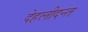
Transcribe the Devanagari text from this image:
देहलीदन्त